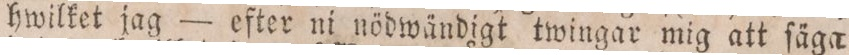
hwilket jag — efter ni nödwändigt twingar mig att ſäga